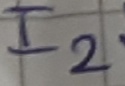
Text: I2